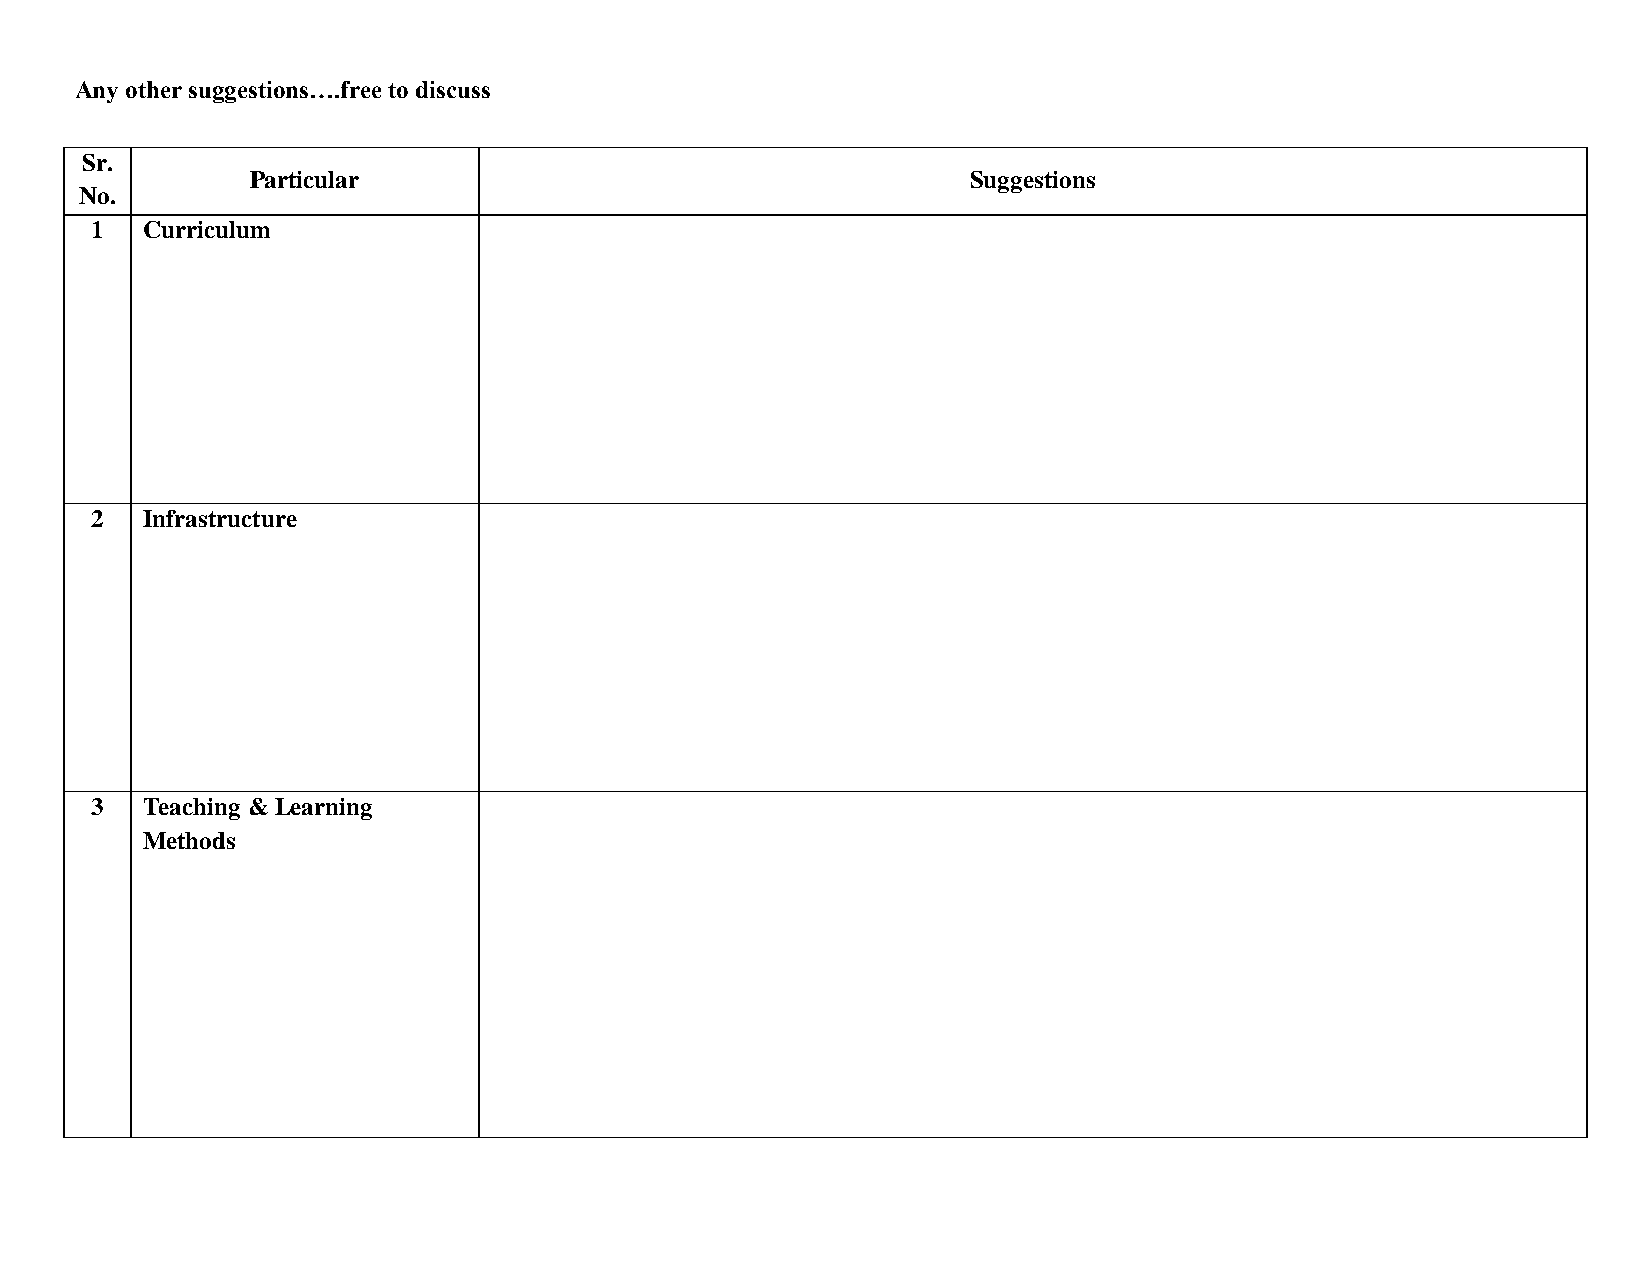
Any other suggestions….free to discuss
 Sr.
 Particular                                     Suggestions
 No.
 1  Curriculum
 2  Infrastructure
 3  Teaching & Learning
 Methods